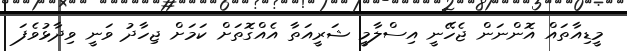
މީޑިއާތައް އޮންނަން ޖެހޭނީ އިސްލާމީ ޝަރީއަތާ އެއްގޮތަށް ކަމަށް ޖިހާދު ވަނީ ވިދާޅުވެފަ